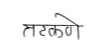
मजकूर: तटकणे